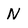
Character: N